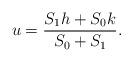
LaTeX: \begin{align*}u=\frac{S_1h+S_0k}{S_0+S_1}.\end{align*}